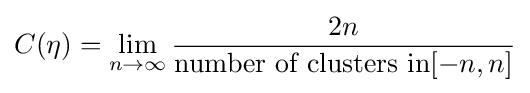
C(\eta )=\lim _{n\rightarrow \infty }{\frac {2n}{{\text{number of clusters in}}[-n,n]}}